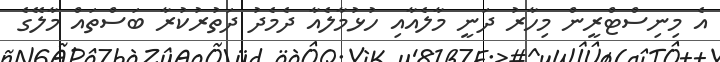
އެ މިނިސްޓްރީން މިހާރު ދަނީ މާލެއާއި ހުޅުމާލެއާ ދެމެދު ދަތުރުކުރާ ބަސްތައް މާލޭގެ